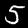
Digit: 5